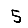
Digit: 5